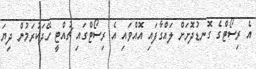
އެ ރިސޯޓްގެ ގޮނޑުދޮށަށް ލައްގާފައި އޮއްވައި އެ ރިސޯޓްގައި ޗުއްޓީ ހޭދަކުރަމުން ދިޔަ